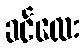
ခင်လေး